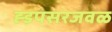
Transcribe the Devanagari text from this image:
ह्डपसरजवळ